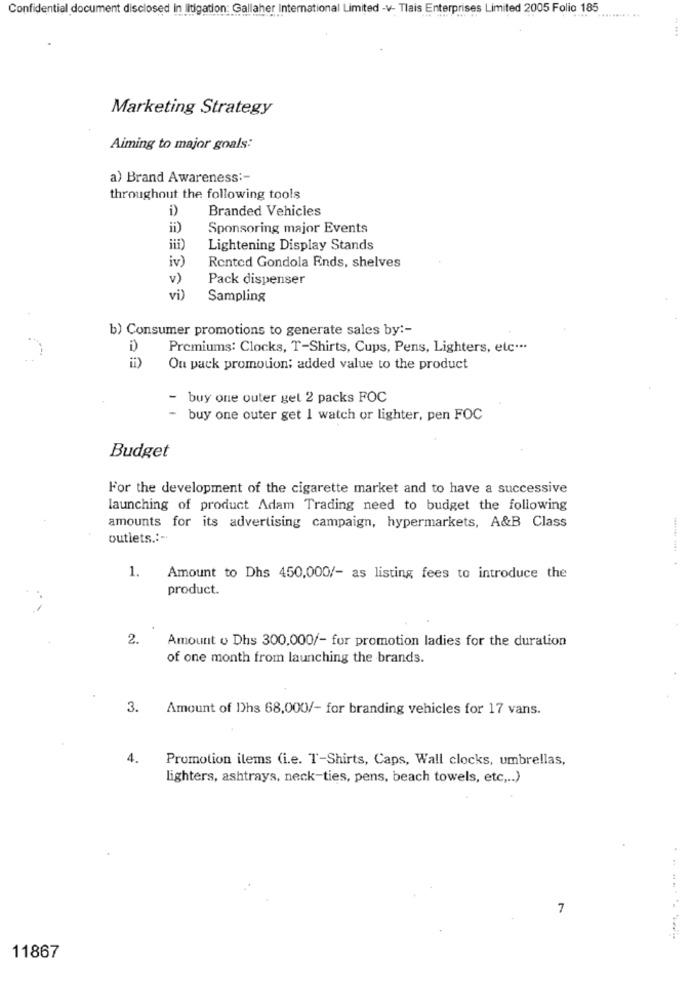
Confidential document disclosed in litigation: Gallaher International Limited -v- Tlais Enterprises Limited 2005 Folio 185
.. ...
Marketing Strategy
Aiming to major goals:
a) Brand Awareness :-
throughout the following tools
Branded Vehicles
ii)
Sponsoring major Events
Lightening Display Stands
iv)
Rented Gondola Ends, shelves
v)
Pack dispenser
vi)
Sampling
b) Consumer promotions to generate sales by :-
i)
Premiums: Clocks, T-Shirts, Cups, Pens, Lighters, etc ...
ii)
On pack promotion; added value to the product
- buy one outer gel 2 packs FOC
-
buy one outer get I watch or lighter, pen FOC
Budget
For the development of the cigarette market and to have a successive
launching of product Adam Trading need to budget the following
amounts for its advertising campaign, hypermarkets, A&B Class
outlets .:-
1. Amount to Dhs 450,000/- as listing fees to introduce the
product.
2.
Amount o Dhs 300,000/- for promotion ladies for the duration
of one month from launching the brands.
3.
Amount of Dhs 68,000/- for branding vehicles for 17 vans.
4.
Promotion ilems (i.e. T-Shirts, Caps, Wall clocks, umbrellas,
lighters, ashtrays, neck-ties, pens, beach towels, etc ,.. )
7
......--
11867